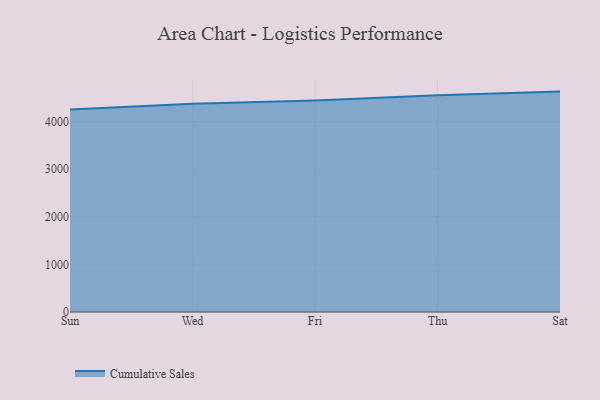
{"axis": {"x": "Day", "y": "Market Share (%)"}, "legend": ["Cumulative Sales"], "data": [{"x": "Sun", "y": 4255.4, "type": "Cumulative Sales"}, {"x": "Wed", "y": 4375.2, "type": "Cumulative Sales"}, {"x": "Fri", "y": 4442.1, "type": "Cumulative Sales"}, {"x": "Thu", "y": 4554.4, "type": "Cumulative Sales"}, {"x": "Sat", "y": 4629.1, "type": "Cumulative Sales"}]}